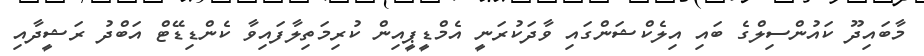
މާބައިދޫ ކައުންސިލްގެ ބައި އިލެކްޝަންގައި ވާދަކުރަނީ އެމްޑީޕީއިން ކުރިމަތިލާފައިވާ ކެންޑިޑޭޓް އަބްދު ރަޝީދާއި